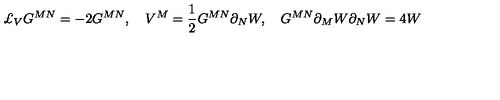
\pounds _ { V } G ^ { M N } = - 2 G ^ { M N } , \quad V ^ { M } = \frac { 1 } { 2 } G ^ { M N } \partial _ { N } W , \quad G ^ { M N } \partial _ { M } W { } \partial _ { N } W = 4 W